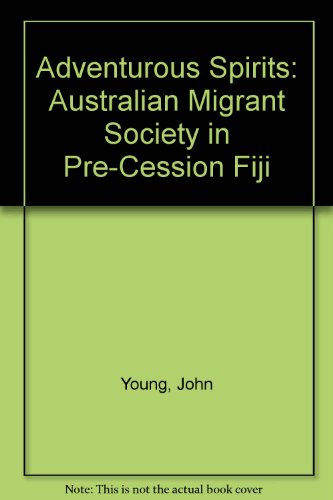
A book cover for Adventurous Spirits: Australian Migrant Society in Pre-Cession Fiji; John Young; History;